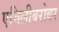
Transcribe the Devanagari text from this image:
एमिलीबरोबर